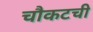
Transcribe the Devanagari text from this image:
चौकटची